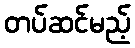
တပ်ဆင်မည့်